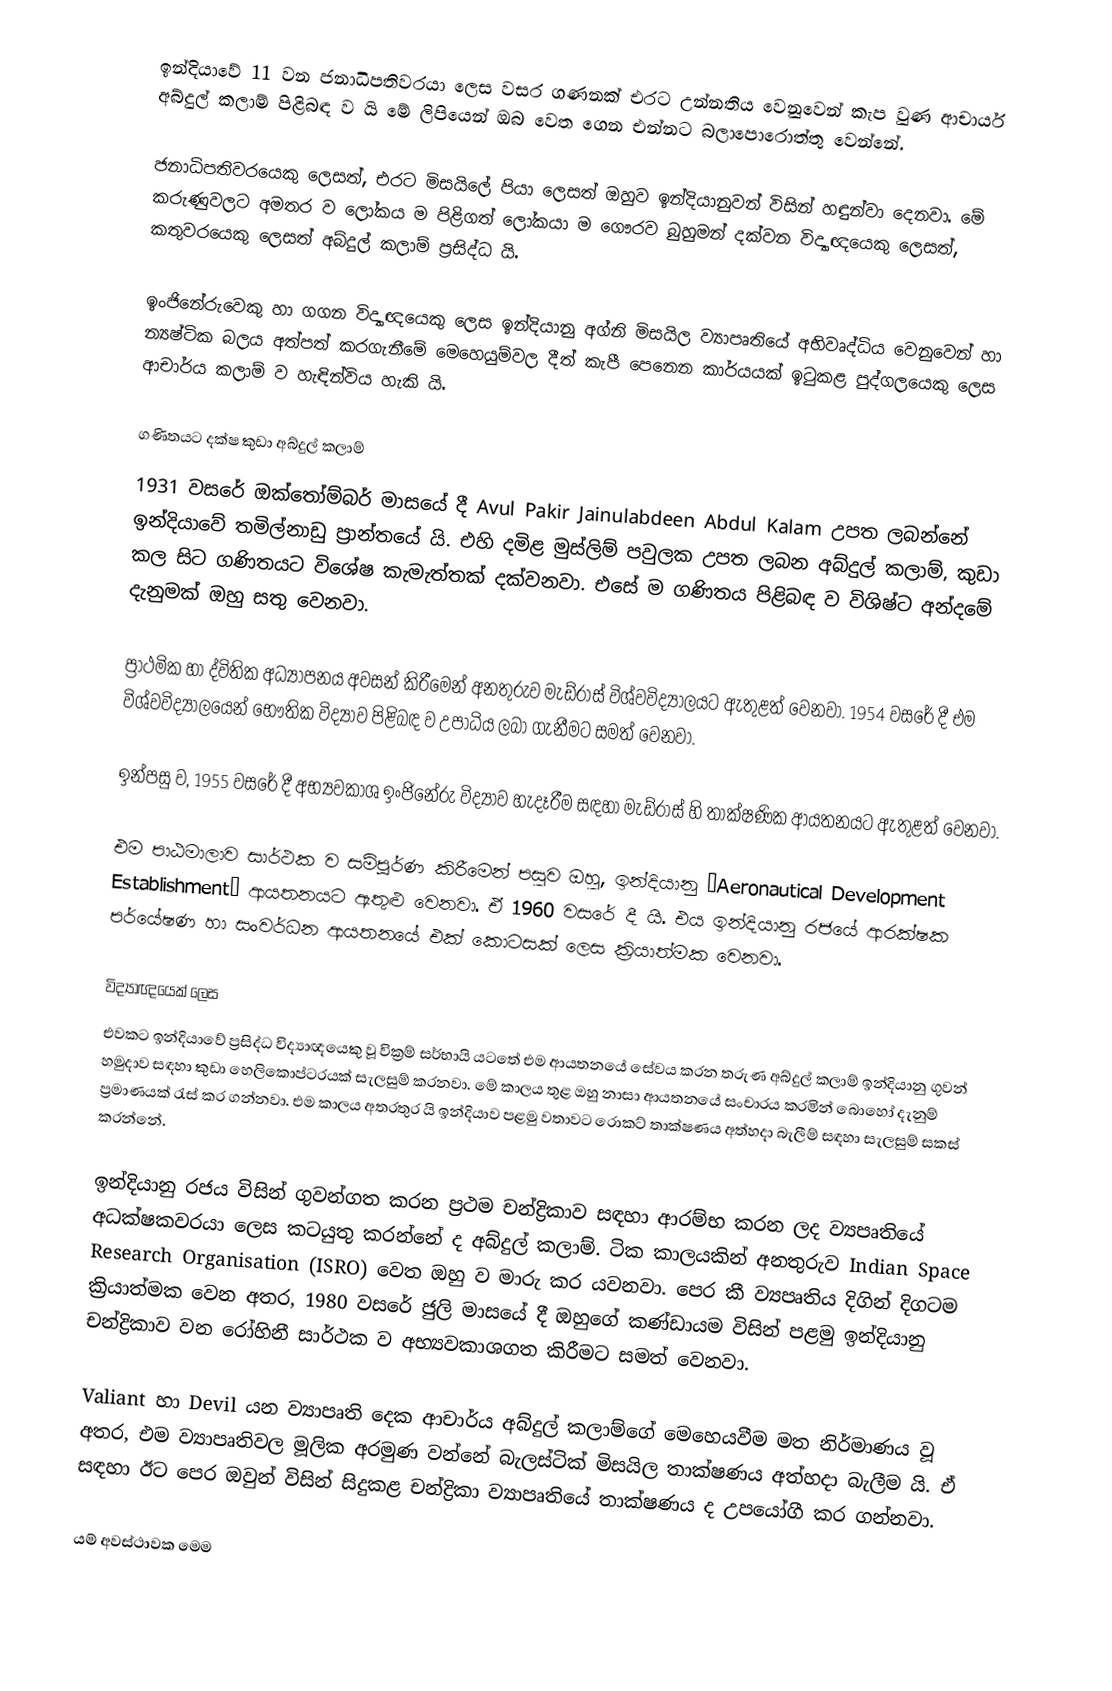
ඉන්දියාවේ 11 වන ජනාධිපතිවරයා ලෙස වසර ගණනක් එරට උන්නතිය වෙනුවෙන් කැප වුණ ආචාර්ය අබ්දුල් කලාම් පිළිබඳ ව යි මේ ලිපියෙන් ඔබ වෙත ගෙන එන්නට බලාපොරොත්තු වෙන්නේ.

ජනාධිපතිවරයෙකු ලෙසත්, එරට මිසයිලේ පියා ලෙසත් ඔහුව ඉන්දියානුවන් විසින් හඳුන්වා දෙනවා. මේ කරුණුවලට අමතර ව ලෝකය ම පිළිගත් ලෝකයා ම ගෞරව බුහුමන් දක්වන විද්‍යාඥයෙකු ලෙසත්, කතුවරයෙකු ලෙසත් අබ්දුල් කලාම් ප්‍රසිද්ධ යි.

ඉංජිනේරුවෙකු හා ගගන විද්‍යාඥයෙකු ලෙස ඉන්දියානු අග්නි මිසයිල ව්‍යාපෘතියේ අභිවෘද්ධිය වෙනුවෙන් හා න්‍යෂ්ටික බලය අත්පත් කරගැනීමේ මෙහෙයුම්වල දීත් කැපී පෙනෙන කාර්යයක් ඉටුකළ පුද්ගලයෙකු ලෙස ආචාර්ය කලාම් ව හැඳින්විය හැකි යි.

ගණිතයට දක්ෂ කුඩා අබ්දුල් කලාම්
1931 වසරේ ඔක්තෝම්බර් මාසයේ දී Avul Pakir Jainulabdeen Abdul Kalam උපත ලබන්නේ ඉන්දියාවේ තමිල්නාඩු ප්‍රාන්තයේ යි. එහි දමිළ මුස්ලිම් පවුලක උපත ලබන අබ්දුල් කලාම්, කුඩා කල සිට ගණිතයට විශේෂ කැමැත්තක් දක්වනවා. එසේ ම ගණිතය පිළිබඳ ව විශිෂ්ට අන්දමේ දැනුමක් ඔහු සතු වෙනවා.

ප්‍රාථමික හා ද්විතික අධ්‍යාපනය අවසන් කිරීමෙන් අනතුරුව මැඩ්රාස් විශ්වවිද්‍යාලයට ඇතුළත් වෙනවා. 1954 වසරේ දී එම විශ්වවිද්‍යාලයෙන් භෞතික විද්‍යාව පිළිබඳ ව උපාධිය ලබා ගැනීමට සමත් වෙනවා.

ඉන්පසු ව, 1955 වසරේ දී අභ්‍යවකාශ ඉංජිනේරු විද්‍යාව හැදෑරීම සඳහා මැඩ්රාස් හි තාක්ෂණික ආයතනයට ඇතුළත් වෙනවා.

එම පාඨමාලාව සාර්ථක ව සම්පූර්ණ කිරීමෙන් පසුව ඔහු, ඉන්දියානු “Aeronautical Development Establishment” ආයතනයට ඇතුළු වෙනවා. ඒ 1960 වසරේ දී යි. එය ඉන්දියානු රජයේ ආරක්ෂක පර්යේෂණ හා සංවර්ධන ආයතනයේ එක් කොටසක් ලෙස ක්‍රියාත්මක වෙනවා.

විද්‍යාඥයෙක් ලෙස
එවකට ඉන්දියාවේ ප්‍රසිද්ධ විද්‍යාඥයෙකු වූ වික්‍රම් සර්භායි යටතේ එම ආයතනයේ සේවය කරන තරුණ අබ්දුල් කලාම් ඉන්දියානු ගුවන් හමුදාව සඳහා කුඩා හෙලිකොප්ටරයක් සැලසුම් කරනවා. මේ කාලය තුළ ඔහු නාසා ආයතනයේ සංචාරය කරමින් බොහෝ දැනුම් ප්‍රමාණයක් රැස් කර ගන්නවා. එම කාලය අතරතුර යි ඉන්දියාව පළමු වතාවට රොකට් තාක්ෂණය අත්හදා බැලීම් සඳහා සැලසුම් සකස් කරන්නේ.

ඉන්දියානු රජය විසින් ගුවන්ගත කරන ප්‍රථම චන්ද්‍රිකාව සඳහා ආරම්භ කරන ලද ව්‍යපෘතියේ අධක්ෂකවරයා ලෙස කටයුතු කරන්නේ ද අබ්දුල් කලාම්. ටික කාලයකින් අනතුරුව Indian Space Research Organisation (ISRO) වෙත ඔහු ව මාරු කර යවනවා. පෙර කී ව්‍යපෘතිය දිගින් දිගටම ක්‍රියාත්මක වෙන අතර, 1980 වසරේ ජුලි මාසයේ දී ඔහුගේ කණ්ඩායම විසින් පළමු ඉන්දියානු චන්ද්‍රිකාව වන රෝහිනී සාර්ථක ව අභ්‍යවකාශගත කිරීමට සමත් වෙනවා.

Valiant හා Devil යන ව්‍යාපෘති දෙක ආචාර්ය අබ්දුල් කලාම්ගේ මෙහෙයවීම මත නිර්මාණය වූ අතර, එම ව්‍යාපෘතිවල මූලික අරමුණ වන්නේ බැලස්ටික් මිසයිල තාක්ෂණය අත්හදා බැලීම යි. ඒ සඳහා ඊට පෙර ඔවුන් විසින් සිදුකළ චන්ද්‍රිකා ව්‍යාපෘතියේ තාක්ෂණය ද උපයෝගී කර ගන්නවා.

යම් අවස්ථාවක මෙම